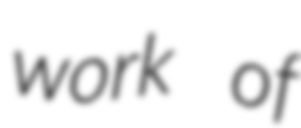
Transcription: work of